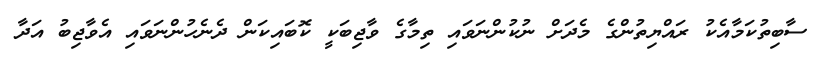
ސާބިތުކަމާއެކު ރައްޔިތުންގެ މެދަށް ނުކުންނަވައި ތިމާގެ ވާޖިބަކީ ކޮބައިކަން ދެނެހުންނަވައި އެވާޖިބު އަދާ